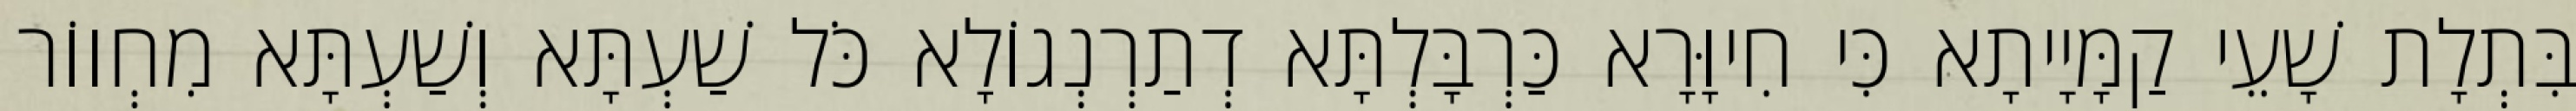
בִּתְלָת שָׁעֵי קַמָּיָיתָא כִּי חִיוָּרָא כַּרְבָּלְתָּא דְתַרְנְגוֹלָא כֹּל שַׁעְתָּא וְשַׁעְתָּא מִחְווֹר